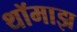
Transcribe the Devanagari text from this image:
थॉमाझ